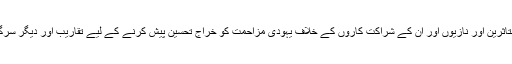
اس موقع پر ہولوکاسٹ کے متاثرین اور نازیوں اور اُن کے شراکت کاروں کے خلاف یہودی مزاحمت کو خراج تحسین پیش کرنے کے لیے تقاریب اور دیگر سرگرمیوں کا انعقاد کیا جاتا ہے۔